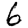
Digit: 6